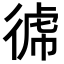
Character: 𭛺